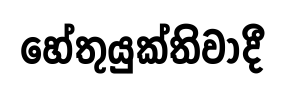
හේතුයුක්තිවාදී